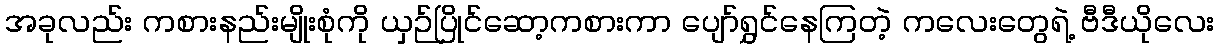
အခုလည်း ကစားနည်းမျိုးစုံကို ယှဉ်ပြိုင်ဆော့ကစားကာ ပျော်ရွှင်နေကြတဲ့ ကလေးတွေရဲ့ ဗီဒီယိုလေး